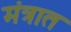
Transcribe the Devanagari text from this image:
मंत्रात